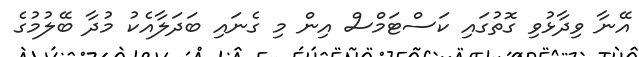
އޭނާ ވިދާޅުވި ގޮތުގައި ކަސްޓަމްސް އިން މި ގެނައި ބަދަލާއެކު މުދާ ބޭލުމުގެ